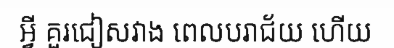
អ្វី គួរជៀសវាង ពេលបរាជ័យ ហើយ